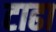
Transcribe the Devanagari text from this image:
टाढा